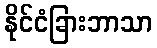
နိုင်ငံခြားဘာသာ